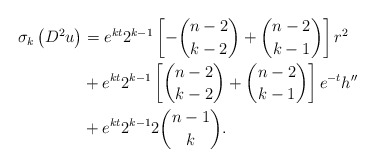
\begin{align*}\sigma_{k}\left( D^{2}u\right) & =e^{kt}2^{k-1}\left[ -\binom{n-2}{k-2}+\binom{n-2}{k-1}\right] r^{2}\\& +e^{kt}2^{k-1}\left[ \binom{n-2}{k-2}+\binom{n-2}{k-1}\right]e^{-t}h^{\prime\prime}\\& +e^{kt}2^{k-1}2\binom{n-1}{k}.\end{align*}